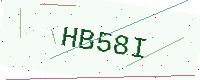
Text: HB58I